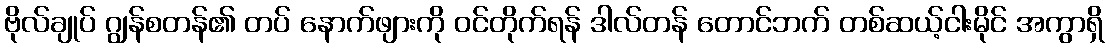
ဗိုလ်ချုပ် ဂျွန်စတန်၏ တပ် နောက်ဖျားကို ဝင်တိုက်ရန် ဒါလ်တန် တောင်ဘက် တစ်ဆယ့်ငါးမိုင် အကွာရှိ